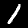
Label: 1